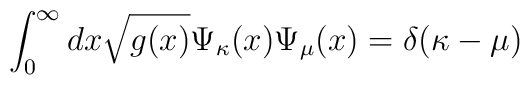
\int_{0}^{\infty} dx \sqrt{g(x)} \Psi_{\kappa} (x) \Psi_{\mu} (x)   =\delta(\kappa - \mu)